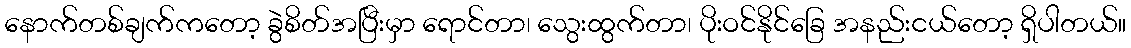
နောက်တစ်ချက်ကတော့ ခွဲစိတ်အပြီးမှာ ရောင်တာ၊ သွေးထွက်တာ၊ ပိုးဝင်နိုင်ခြေ အနည်းငယ်တော့ ရှိပါတယ်။